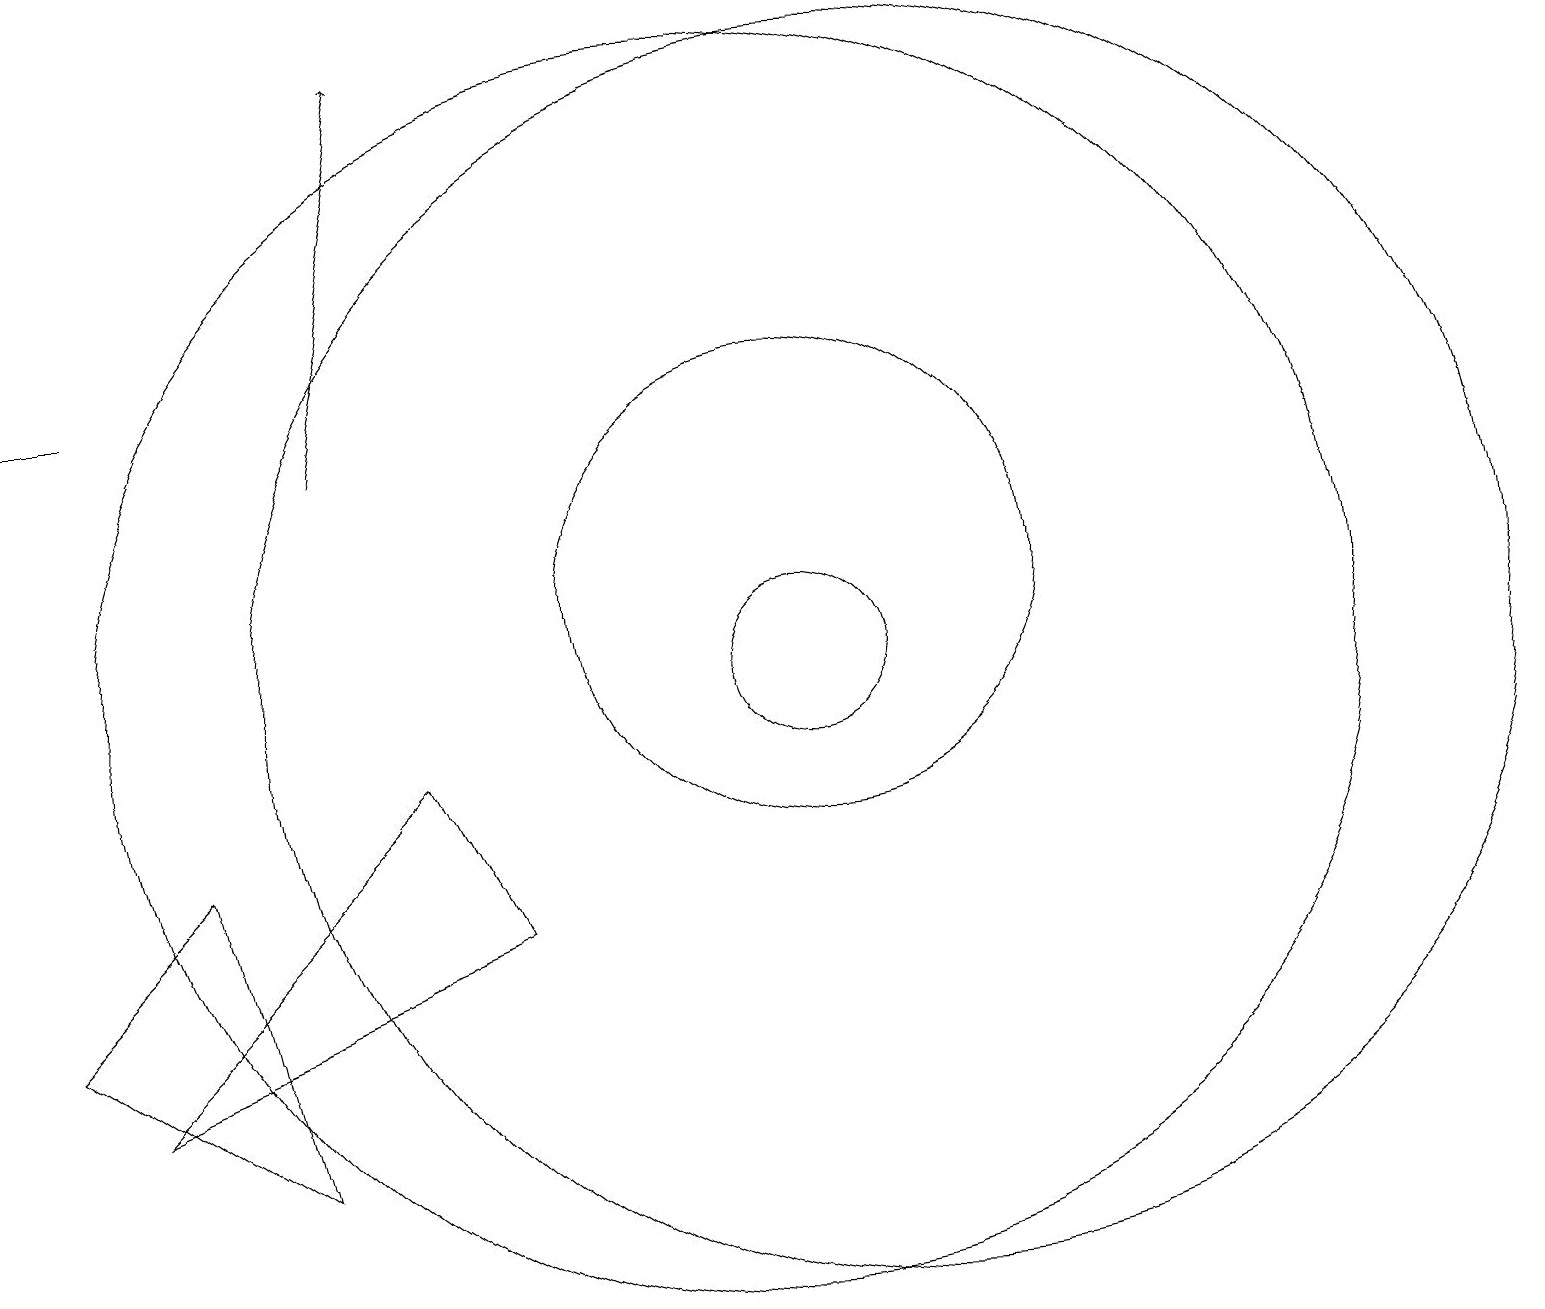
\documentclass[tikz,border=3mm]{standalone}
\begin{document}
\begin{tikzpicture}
\draw[->] (2,14) -- (1,14);
\draw (1,6) -- (3,8) -- (4,4) -- cycle;
\draw (12,10) circle (8);
\draw (10,10) circle (8);
\draw (2,5) -- (6,9) -- (7,7) -- cycle;
\draw[->] (5,13) -- (6,18);
\draw (11,11) circle (3);
\draw (11,10) circle (1);
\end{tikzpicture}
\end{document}